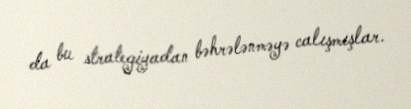
da bu strategiyadan bəhrələnməyə calışmışlar.